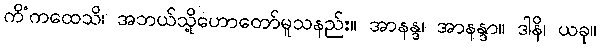
ကိံကထေသိ၊ အဘယ်သို့ဟောတော်မူသနည်း။ အာနန္ဒ၊ အာနန္ဒာ။ ဒါနိ၊ ယခု။